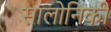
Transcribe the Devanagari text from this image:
सालोनिकी